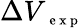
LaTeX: \Delta V_{\mathrm{~\scriptsize~e~x~p~}}